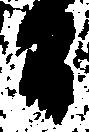
而